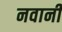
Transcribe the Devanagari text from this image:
नवानी